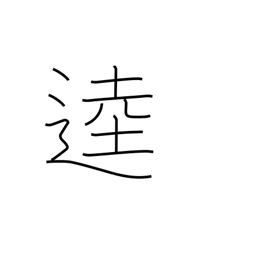
Meaning: broad road